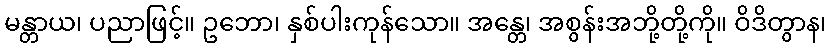
မန္တာယ၊ ပညာဖြင့်။ ဥဘော၊ နှစ်ပါးကုန်သော။ အန္တေ၊ အစွန်းအဘို့တို့ကို။ ဝိဒိတွာန၊